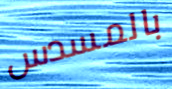
بالمسدس